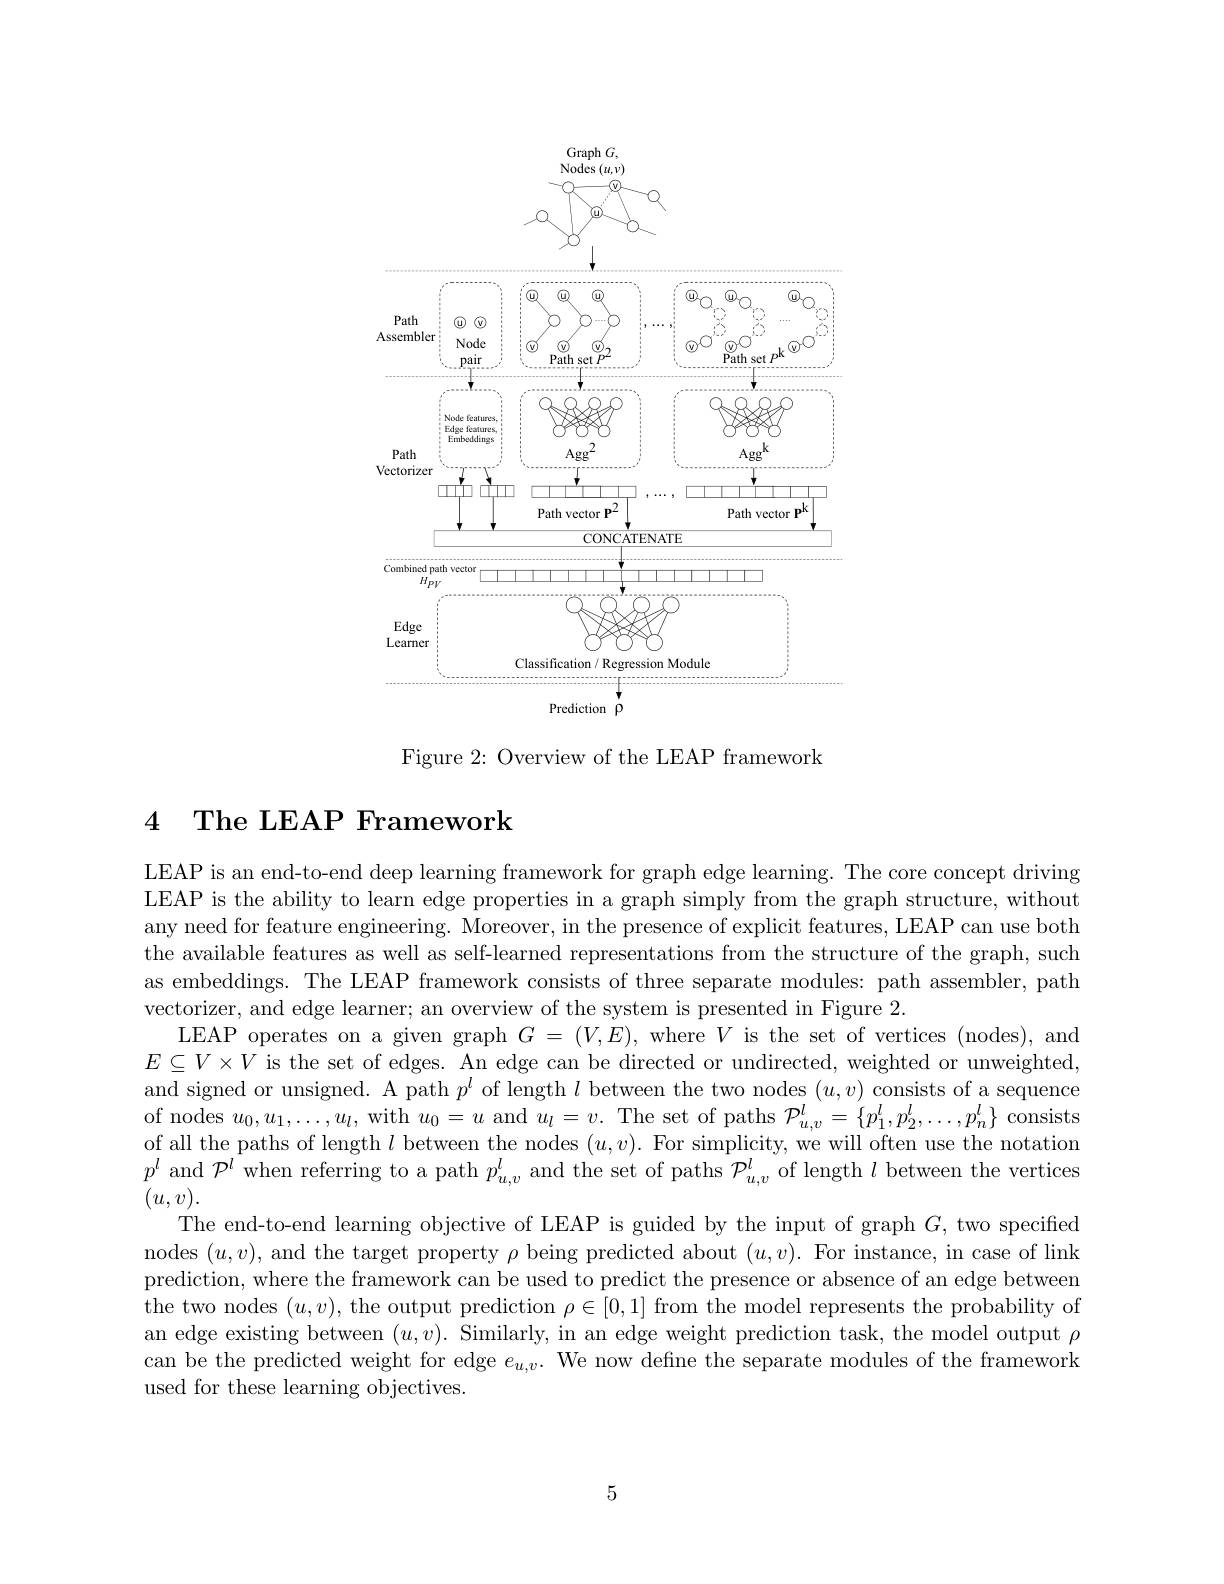
<FigureHere>

Figure 2: Overview of the LEAP framework

## 4 The LEAP Framework

LEAP is an end-to-end deep learning framework for graph edge learning. The core concept driving LEAP is the ability to learn edge properties in a graph simply from the graph structure, without any need for feature engineering. Moreover, in the presence of explicit features, LEAP can use both the available features as well as self-learned representations from the structure of the graph, such as embeddings. The LEAP framework consists of three separate modules: path assembler, path vectorizer, and edge learner; an overview of the system is presented in Figure 2.
LEAP operates on a given graph $G=(V,E)$, where $V$ is the set of vertices (nodes), and $E\subseteq V\times V$ is the set of edges. An edge can be directed or undirected, weighted or unweighted, and signed or unsigned. A path $p^l$ of length $l$ between the two nodes $(u,v)$ consists of a sequence of nodes $u_0,u_1,\ldots,u_l$, with $u_0=u$ and $u_l=v.$ The set of paths $\mathcal{P}_u,v^l=\{p_1^l,p_2^l,\ldots,p_n^l\}$ consists of all the paths of length $l$ between the nodes $(u,v).$ For simplicity, we will often use the notation $p^l$ and $\mathcal{P}^l$ when referring to a path $p_u,v^l$ and the set of paths $\mathcal{P}_u,v^l$ of length $l$ between the vertices $(u,v).$
The end-to-end learning objective of LEAP is guided by the input of graph $G$, two specified nodes $(u,v)$,and the target property $\rho$ being predicted about $(u,v).$ For instance, in case of link prediction, where the framework can be used to predict the presence or absence of an edge between the two nodes $(u,v)$, the output prediction $\rho\in[0,1]$ from the model represents the probability of an edge existing between $(u,v).$ Similarly, in an edge weight prediction task, the model output $\rho$ can be the predicted weight for edge $e_u,v.$ We now define the separate modules of the framework used for these learning objectives.

5